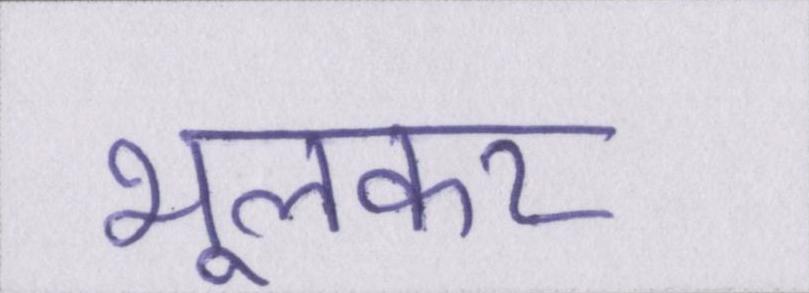
भूलकर